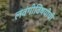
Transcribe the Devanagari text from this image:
लवंगीविषयीची